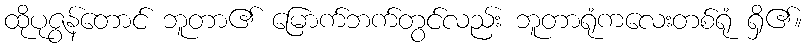
ထိုပုဇွန်တောင် ဘူတာ၏ မြောက်ဘက်တွင်လည်း ဘူတာရုံကလေးတစ်ရုံ ရှိ၏။